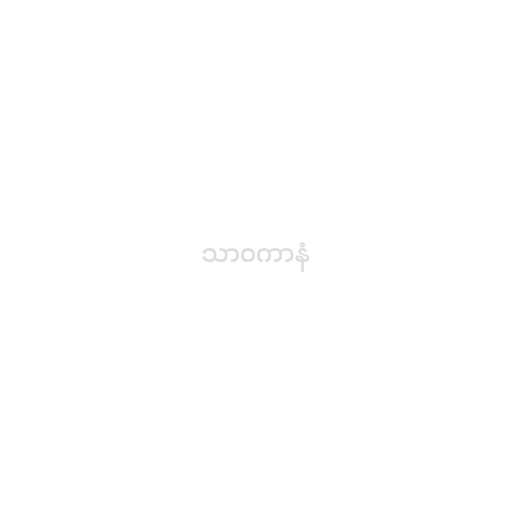
သာဝကာနံ